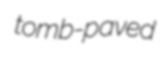
tomb-paved